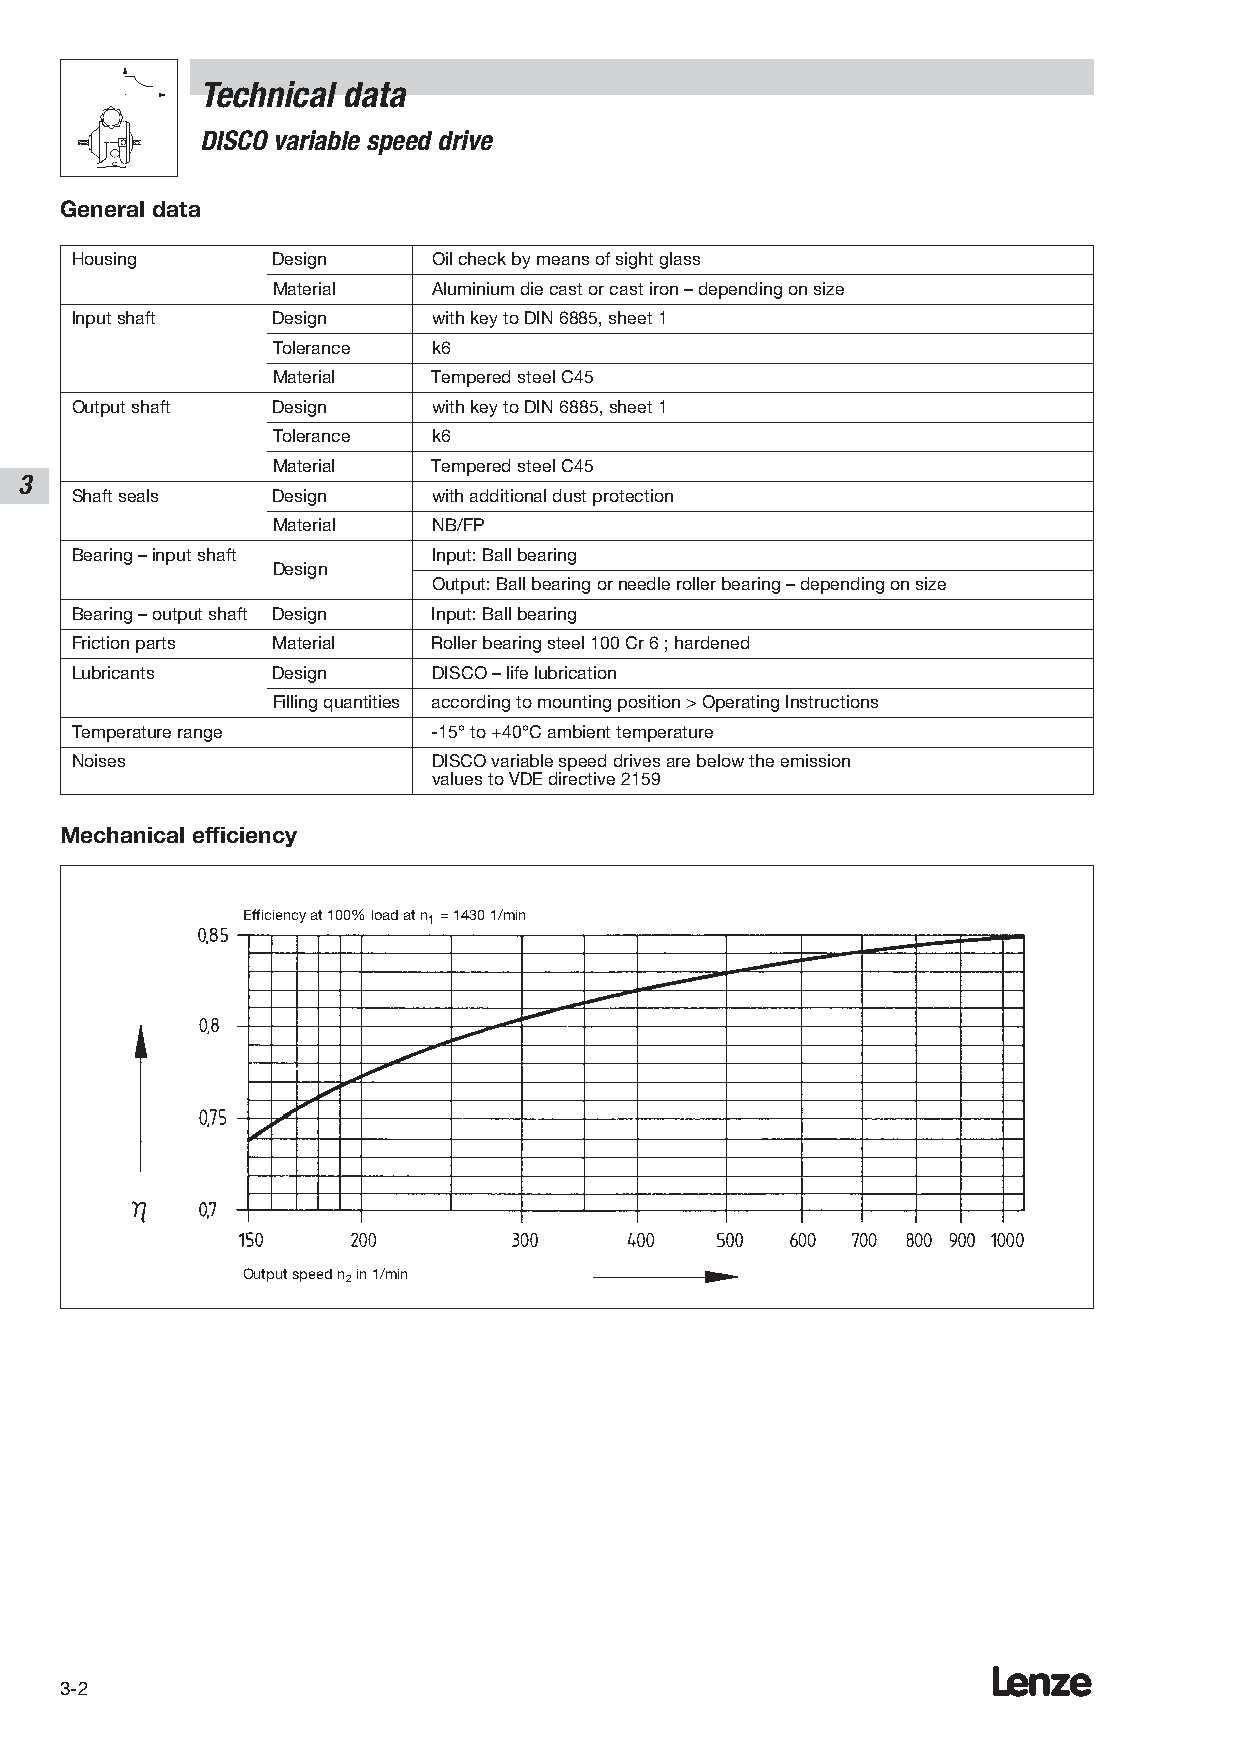
Technical data
 DISCO variable speed drive
 General data
 Housing      Design     Oil check by means of sight glass
 Material   Aluminium die cast or cast iron – depending on size
 Input shaft  Design     with key to DIN 6885, sheet 1
 Tolerance  k6
 Material   Tempered steel C45
 Output shaft Design     with key to DIN 6885, sheet 1
 Tolerance  k6
 Material   Tempered steel C45
 3
 Shaft seals  Design     with additional dust protection
 Material   NB/FP
 Bearing – input shaft   Input: Ball bearing
 Design
 Output: Ball bearing or needle roller bearing – depending on size
 Bearing – output shaft Design Input: Ball bearing
 Friction parts Material Roller bearing steel 100 Cr 6 ; hardened
 Lubricants   Design     DISCO – life lubrication
 Filling quantities according to mounting position > Operating Instructions
 Temperature range       -15° to +40°C ambient temperature
 Noises                  DISCO variable speed drives are below the emission
 values to VDE directive 2159
 Mechanical efficiency
 Efficiency at 100% load at n1= 1430 1/min
 Output speed n in 1/min
 2
 Lenze
 3-2